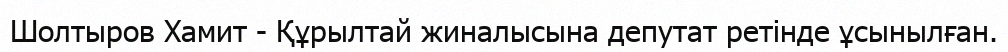
Шолтыров Хамит - Құрылтай жиналысына депутат ретінде ұсынылған.